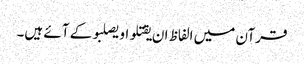
قرآن میں الفاظ ان یقتلو او یصلبو کے آئے ہیں۔